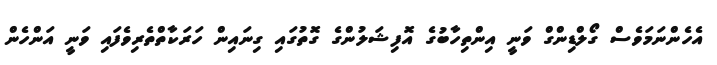
އެެހެންނަމަވެސް ގޯލްޑިންގް ވަނީ އިންތިހާބުގެ އޮފިޝަލުންގެ ގޮތުގައި ގިނައިން ހަރަކާތްތެރިވެފައި ވަނީ އަންހެން